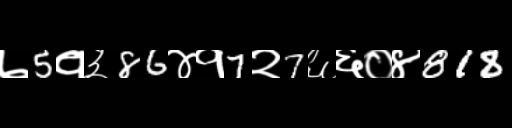
Text: ७5१३86४१7२7६६०४818